Civil Veterinary Department. United Provinces 1923-31 - 1923-1931
Year: 1923
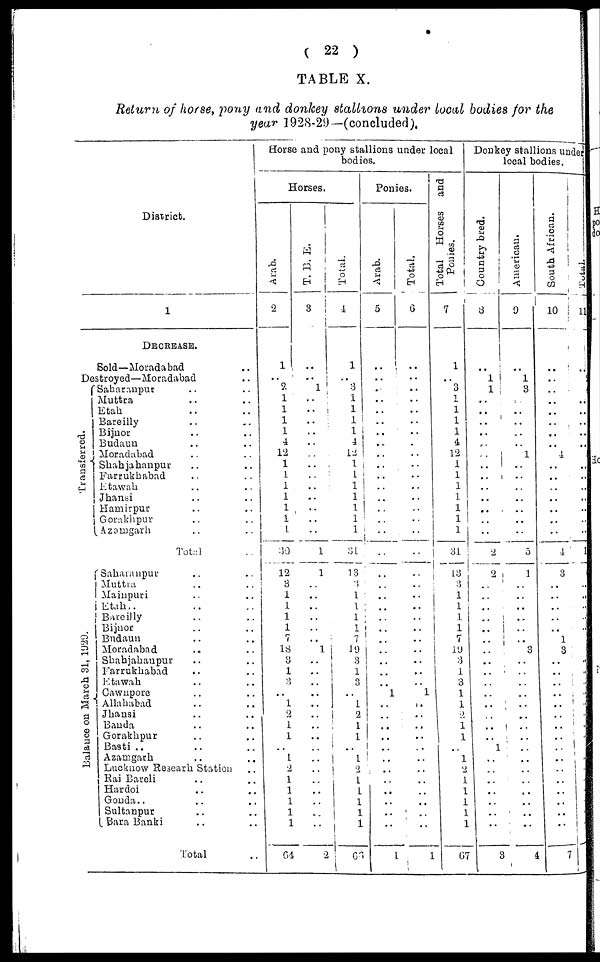
( 22 )
TABLE X.
Return of horse, pony and donkey stallions under local bodies for the
year 1928-29—(concluded).
District.
1
DECREASE.
Sold—Moradabad ..
Destroyed—Moradabad ..
Transferred.
Balance on March 31, 1929.
Saharanpur .. ..
Muttra .. ..
Etah .. ..
Bareilly .. ..
Bijnor .. ..
Budaun .. ..
Moradabad .. ..
Shahjahanpur .. ..
Farrukhabad .. ..
Etawah .. ..
Jhansi .. ..
Hamirpur .. ..
Gorakhpur .. ..
Azamgarh .. ..
Total ..
Saharanpur .. ..
Muttra .. ..
Mainpuri .. ..
Etah .. ..
Bareilly .. ..
Bijnor .. ..
Budaun .. ..
Moradabad .. ..
Shahjahanpur .. ..
Farrukhabad .. ..
Etawah .. ..
Cawnpore .. ..
Allahabad .. ..
Jhansi .. ..
Banda .. ..
Gorakhpur .. ..
Basti .. .. ..
Azamgarh .. ..
Lucknow Researh Station ..
Rai Bareli .. ..
Hardoi .. ..
Gonda .. .. ..
Sultanpur .. ..
Bara Banki .. ..
Total ..
Horse and pony stallions under local
bodies.
Horses.
Arab.
2
1
..
2
1
1
1
1
4
12
1
1
1
1
1
1
1
30
12
3
1
1
1
1
7
18
3
1
3
..
1
2
1
1
..
1
2
1
1
1
1
1
64
T. B. E.
3
..
..
1
..
..
..
..
..
..
..
..
..
..
..
..
..
1
1
..
..
..
..
..
..
1
..
..
..
..
..
..
..
..
..
..
..
..
..
..
..
..
2
Total.
4
1
..
3
1
1
1
1
4
12
1
1
1
1
1
1
1
34
13
3
1
1
1
1
7
19
3
1
3
..
1
2
1
1
..
1
2
1
1
1
1
1
66
Ponies.
Arab.
5
..
..
..
..
..
..
..
..
..
..
..
..
..
..
..
..
..
..
..
..
..
..
..
..
..
..
..
..
1
..
..
..
..
..
..
..
..
..
..
..
..
..
Total.
6
..
..
..
..
..
..
..
..
..
..
..
..
..
..
..
..
..
..
..
..
..
..
..
..
..
..
..
..
1
..
..
..
..
..
..
..
..
..
..
..
..
1
Total Horses and
Ponies.
7
1
..
3
1
1
1
1
4
12
1
1
1
1
1 1
1
31
13
3
1
1
1
1
7
19
3
1
3
1
1
2
1
1
..
1
2
1
1
1
1
1
67
Donkey stallions under
local bodies.
Country bred.
3
..
1
1
..
..
..
..
..
..
..
..
..
..
..
..
..
2
2
..
..
..
..
..
..
..
..
..
..
..
..
..
..
..
1
..
..
..
..
..
..
..
3
American.
9
..
1
3
..
..
..
..
..
1
..
..
..
..
..
..
..
5
1
..
..
..
..
..
..
3
..
..
..
..
..
..
..
..
..
..
..
..
..
..
..
..
4
South African.
10
..
..
..
..
..
..
..
..
4
..
..
..
..
..
..
..
4
3
..
..
..
..
..
1
3
..
..
..
..
..
..
..
..
..
..
..
..
..
..
..
..
..
Total.
11
..
..
..
..
..
..
..
..
..
..
..
..
..
..
..
..
1
..
..
..
..
..
..
..
..
..
..
..
..
..
..
..
..
..
..
..
..
..
..
..
7